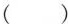
（)